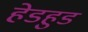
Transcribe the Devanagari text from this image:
हेडहुड